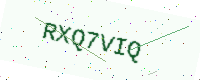
Text: RXQ7VIQ